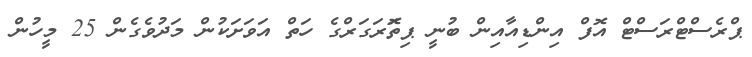
ޕްރެސްޓްރަސްޓް އޮފް އިންޑިއާއިން ބުނީ ޕިތޮަރަގަރްގެ ހަތް އަަވަށަކުން މަދުވެގެން 25 މީހުން